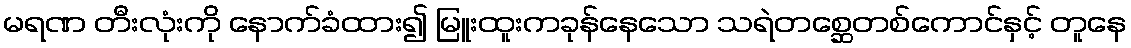
မရဏ တီးလုံးကို နောက်ခံထား၍ မြူးထူးကခုန်နေသော သရဲတစ္ဆေတစ်ကောင်နှင့် တူနေ